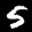
Label: 5